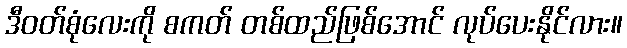
ဒီဝတ်စုံလေးကို စကတ် တစ်ထည်ဖြစ်အောင် လုပ်ပေးနိုင်လား။